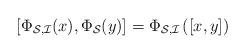
LaTeX: \begin{align*}\left[\Phi_{\mathcal{S},\mathcal{I}}(x),\Phi_\mathcal{S}(y)\right]= \Phi_{\mathcal{S},\mathcal{I}}\left([x, y]\right) \end{align*}